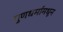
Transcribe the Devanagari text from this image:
गुणधर्मांमधून